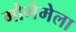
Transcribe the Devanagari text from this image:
गौगेमेला